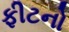
ફીટનો